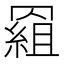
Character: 𰭕